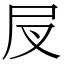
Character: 𡰫